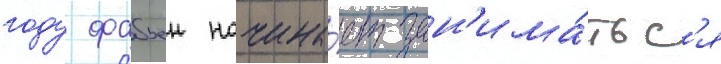
году фабьен начина́ет зан'има́тьс'я